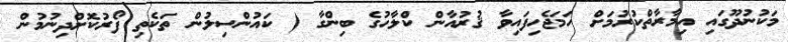
މަކުނުދޫގައި އިމާރާތްކުރުމަށް ހަމަޖެހިފައިވާ ޤުރުއާން ކްލާހުގެ ބިންގާ ( ކައުންސިލުން ތަކެތި ފޯރުކޮށްދިނުމުން